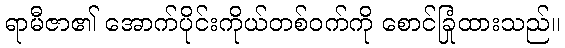
ရာမီဇာ၏ အောက်ပိုင်းကိုယ်တစ်ဝက်ကို စောင်ခြုံထားသည်။